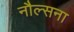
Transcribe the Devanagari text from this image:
नौल्सना